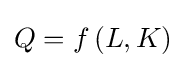
Q=f\,(L,K)